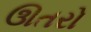
ઊતરો